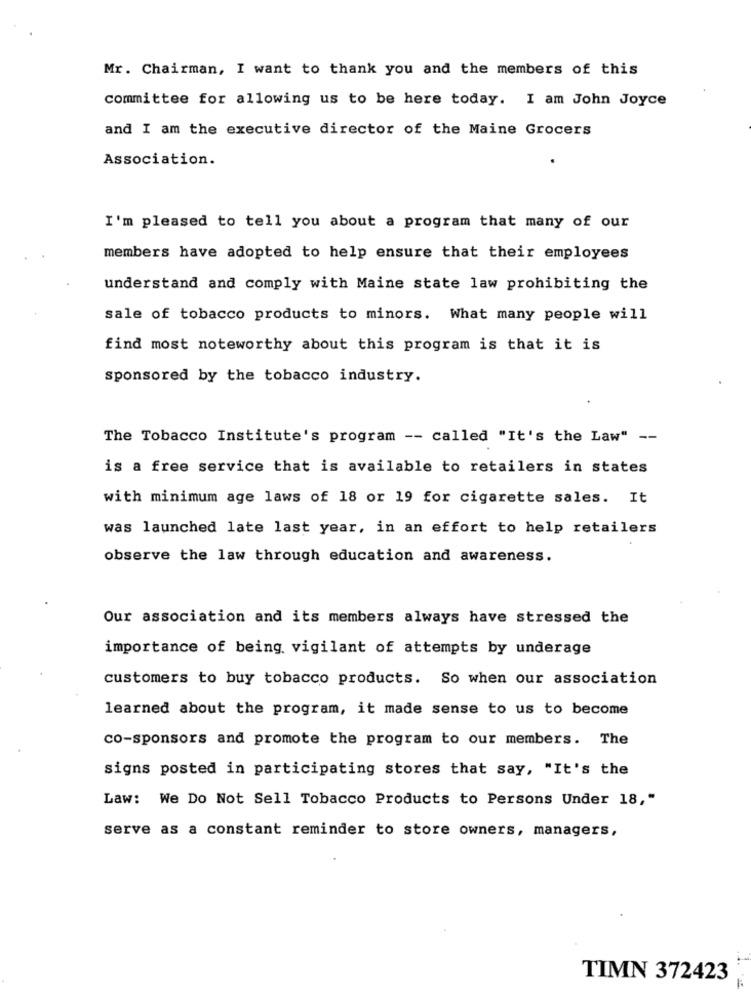
Mr. Chairman, I want to thank you and the members of this
committee for allowing us to be here today. I am John Joyce
and I am the executive director of the Maine Grocers
Association.
I'm pleased to tell you about a program that many of our
members have adopted to help ensure that their employees
understand and comply with Maine state law prohibiting the
sale of tobacco products to minors. What many people will
find most noteworthy about this program is that it is
sponsored by the tobacco industry.
The Tobacco Institute's program -- called "It's the Law" --
is a free service that is available to retailers in states
with minimum age laws of 18 or 19 for cigarette sales. It
was launched late last year, in an effort to help retailers
observe the law through education and awareness.
Our association and its members always have stressed the
importance of being vigilant of attempts by underage
customers to buy tobacco products. So when our association
learned about the program, it made sense to us to become
co-sponsors and promote the program to our members. The
signs posted in participating stores that say, "It's the
Law: We Do Not Sell Tobacco Products to Persons Under 18,"
serve as a constant reminder to store owners, managers,
TIMN 372423